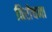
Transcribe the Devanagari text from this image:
विरोचना